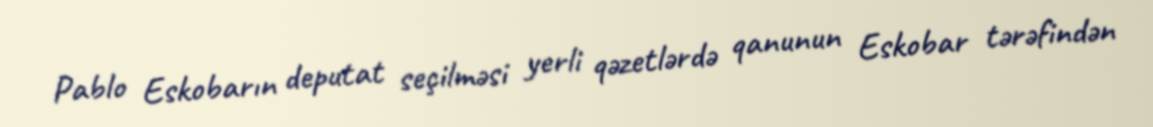
Pablo Eskobarın deputat seçilməsi yerli qəzetlərdə qanunun Eskobar tərəfindən